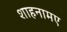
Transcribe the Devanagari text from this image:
शाहनामए